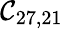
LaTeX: \mathcal{C}_{27,21}